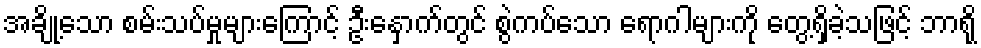
အချို့သော စမ်းသပ်မှုများကြောင့် ဦးနှောက်တွင် စွဲကပ်သော ရောဂါများကို တွေ့ရှိခဲ့သဖြင့် ဘာရို